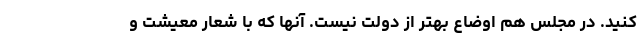
کنید. در مجلس هم اوضاع بهتر از دولت نیست. آنها که با شعار معیشت و